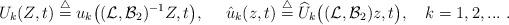
LaTeX: \begin{align*}U_{k}(Z,t)\overset{\triangle }{=}u_{k}\big((\mathcal{L},\mathcal{B}_{2})^{-1}Z,t\big),\ \ \ \ \hat{u}_{k}(z,t)\overset{\triangle }{=}\widehat{U}_{k}\big((\mathcal{L},\mathcal{B}_{2})z,t\big),\ \ \ k=1,2,...\ .\end{align*}